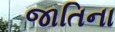
જાતિના